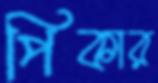
পিকার